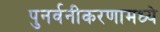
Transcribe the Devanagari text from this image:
पुनर्वनीकरणामध्ये